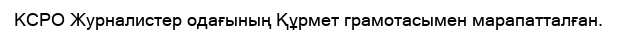
КСРО Журналистер одағының Құрмет грамотасымен марапатталған.